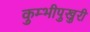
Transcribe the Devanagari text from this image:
कुम्भीपुखुरी